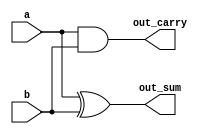
// Solucao do exercicio 3. Somador completo por meio de dois meio
// somadores.
module half_adder (
  input a,
  input b,
  output out_sum,
  output out_carry
);

assign out_sum = a ^ b;
assign out_carry = a & b;
   
endmodule

module exercise3 (
  input a,
  input b,
  input carry_in,
  output out_sum,
  output out_carry
);

wire sum_1;
wire carry_1;
wire carry_2;

half_adder half_adder_1 (
  .a(a), .b(b), .out_sum(sum_1), .out_carry(carry_1)
);

half_adder half_adder_2 (
  .a(sum_1), .b(carry_in), .out_sum(out_sum), .out_carry(carry_2)
);

assign carry_out = carry_1 | carry_2; 
   
endmodule